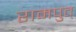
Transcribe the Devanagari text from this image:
रामपुत्